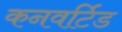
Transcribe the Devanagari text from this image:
कनवर्टिड